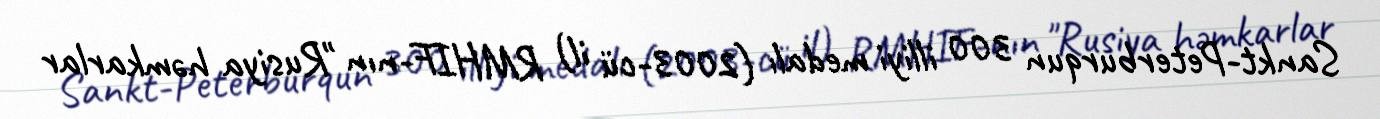
Sankt-Peterburqun 300 illiyi medalı (2003-cü il) RMHIF-nın "Rusiya həmkarlar